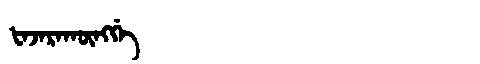
Manchu: ᡶᠠᠵᠠᡵᠠᡴᡡᠩᡤᡝ
Romanization: FAJARAKŪNGGE